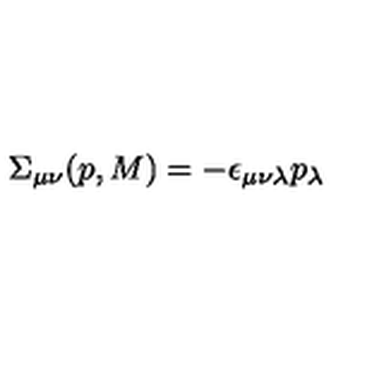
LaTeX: \Sigma _ { \mu \nu } ( p , M ) = - \epsilon _ { \mu \nu \lambda } p _ { \lambda }